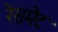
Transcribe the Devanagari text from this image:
रेसमेट